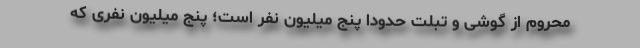
محروم از گوشی و تبلت حدودا پنج میلیون نفر است؛ پنج میلیون نفری که